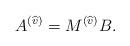
LaTeX: \begin{align*}A^{(\widehat{v})} = M^{(\widehat{v})} B.\end{align*}